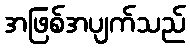
အဖြစ်အပျက်သည်